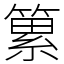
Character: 䉂